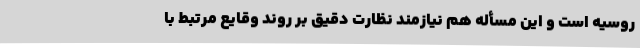
روسیه است و این مسأله هم نیازمند نظارت دقیق بر روند وقایع مرتبط با